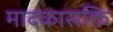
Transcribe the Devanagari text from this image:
मादकासक्ति